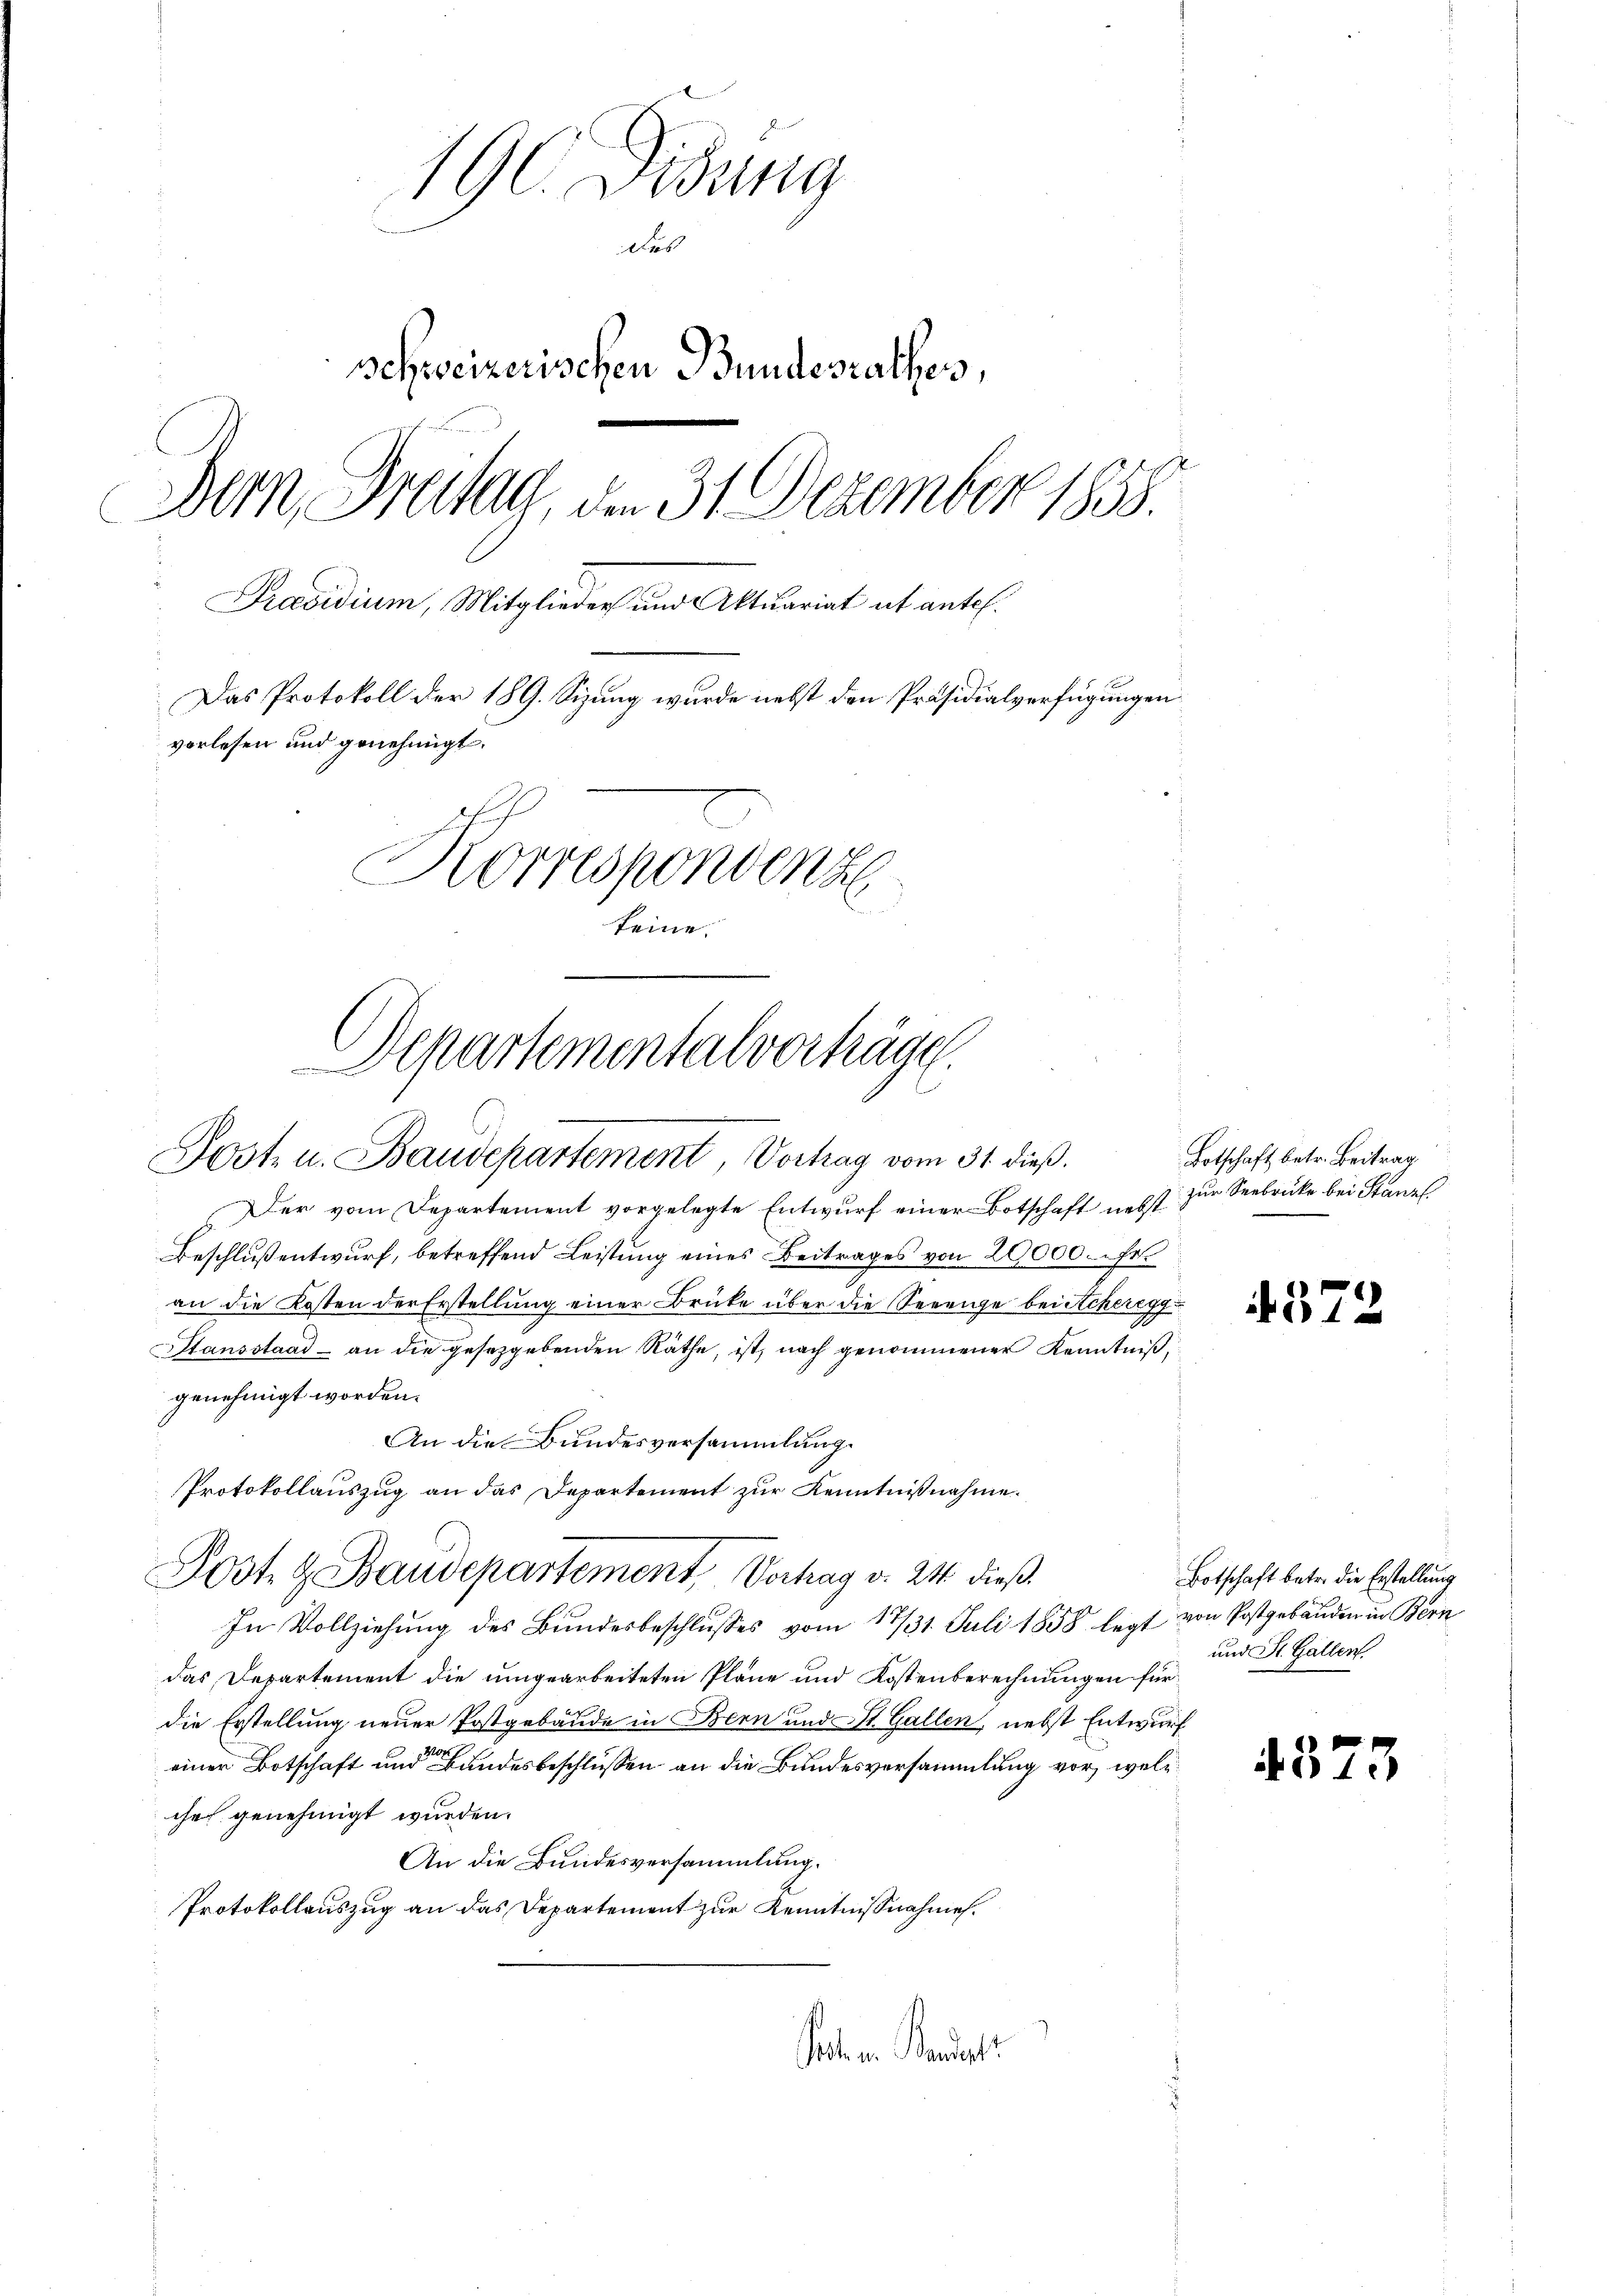
190. Disung
des
schweizerischen Bundesrathes,
Dern, Freitag, den 31. Dezember 1858.
Präsidium, Mitglieder und Aktuariat ut antel.
Das Protokoll der 189. Sizung wurde nebst den Präsidialverfügungen
vorlesen und genehmigt.
Korrespondenz
keine.

Departementalverträge
Posten. Baudepartement, Vortrag vom 31. dieß.

Der vom Departement vorgelegte Entwurf einer Botschaft nebst
Beschluß entwurf, betreffend Leistung eines Beitrages von 20000. Fr.
an die Kosten der Erstellung einer Brüke über die Seeenge beischeregg
Stansstaad - an die gesetzgebenden Räthe, ist, nach genommener Kenntniß,
genehmigt worden.
An die Bundesversammlung.
Protokollauszug an das Departement zur Kenntnißnahme.
In Vollziehung des Bundesbeschlusses vom 17/31. Juli 1858 legt von Postgebäuden in Bern
das Departement die umgearbeiteten Pläne und Kostenberechnungen für
die Erstellung neuer Postgebäude in Bern und St. Gallen, nebst Entwurf
einer Botschaft und Bundesbeschlüssen an die Bundesversammlung vor, welc
cher genehmigt wurden.
An die Bundesversammlung.
Protokollauszug an das Departement zur Kenntnißnahme.
Paten Brandst

Post & Baudepartement, Verhag v. 24. dieß

Botschaft betr. Beitrag
zur Seebrucke bei Stanzl

437

Botschaft betr. die Erstellung
und St. Gallen

17

s